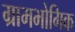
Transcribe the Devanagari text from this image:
ग्रामभोगिक